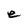
Character: e